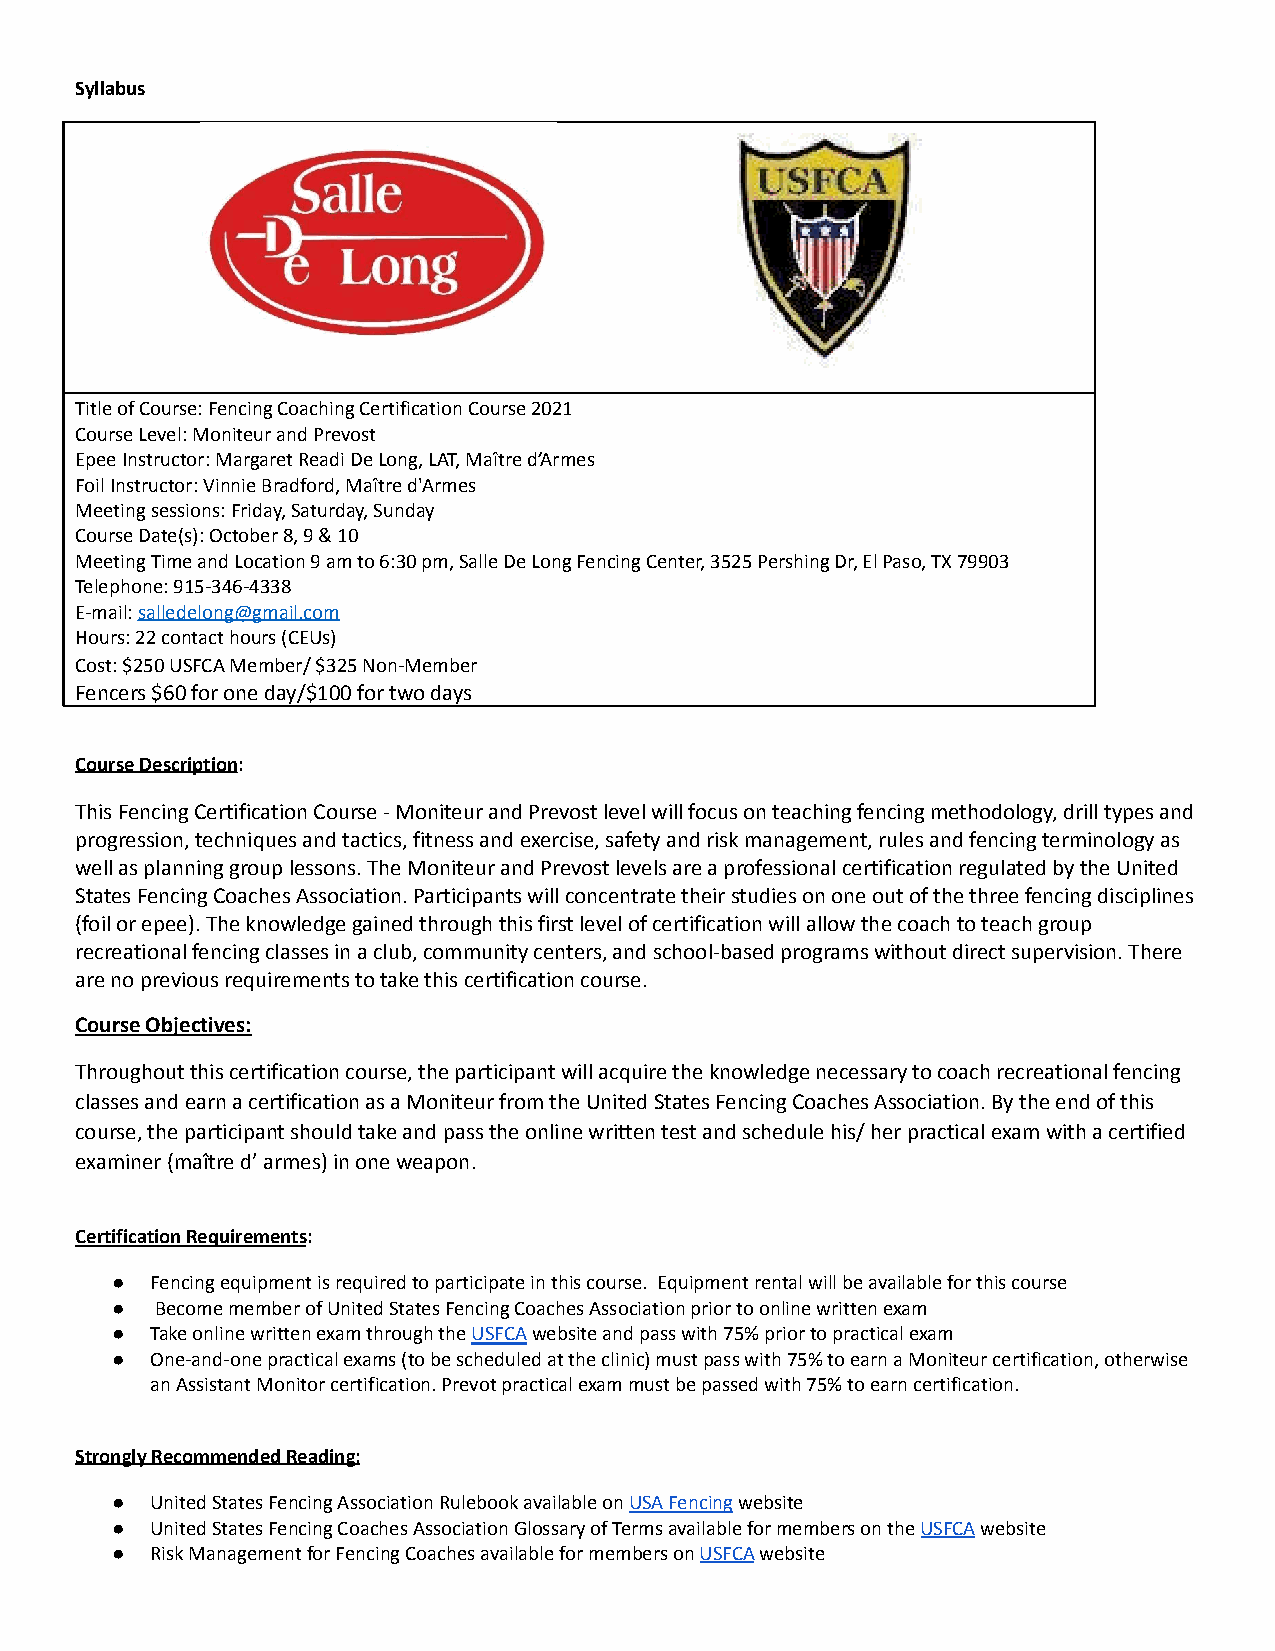
Syllabus
 Title of Course: Fencing Coaching Certification Course2021
 Course Level: Moniteur and Prevost
 Epee Instructor: Margaret Readi De Long, LAT, Maîtred’Armes
 Foil Instructor: Vinnie Bradford, Maître d'Armes
 Meeting sessions: Friday, Saturday, Sunday
 Course Date(s): October 8, 9 & 10
 Meeting Time and Location 9 am to 6:30 pm, Salle DeLong Fencing Center, 3525 Pershing Dr, El Paso, TX79903
 Telephone: 915-346-4338
 E-mail:salledelong@gmail.com
 Hours: 22 contact hours (CEUs)
 Cost: $250 USFCA Member/ $325 Non-Member
 Fencers $60 for one day/$100 for two days
 Course Description:
 This Fencing Certification Course - Moniteur and Prevostlevel will focus on teaching fencing methodology,drill types and
 progression, techniques and tactics, fitness and exercise,safety and risk management, rules and fencing terminologyas
 well as planning group lessons. The Moniteur and Prevostlevels are a professional certification regulatedby the United
 States Fencing Coaches Association. Participants willconcentrate their studies on one out of the threefencing disciplines
 (foil or epee). The knowledge gained through thisfirst level of certification will allow the coachto teach group
 recreational fencing classes in a club, communitycenters, and school-based programs without directsupervision. There
 are no previous requirements to take this certificationcourse.
 Course Objectives:
 Throughout this certification course, the participantwill acquire the knowledge necessary to coach recreationalfencing
 classes and earn a certification as a Moniteur fromthe United States Fencing Coaches Association. Bythe end of this
 course, the participant should take and pass the onlinewritten test and schedule his/ her practical examwith a certified
 examiner (maître d’ armes) in one weapon.
 Certification Requirements:
 ●  Fencing equipment is required to participate in thiscourse. Equipment rental will be available for thiscourse
 ●  Become member of United States Fencing Coaches Associationprior to online written exam
 ●  Take online written exam through theUSFCAwebsiteand pass with 75% prior to practical exam
 ●  One-and-one practical exams (to be scheduled at theclinic) must pass with 75% to earn a Moniteur certification,otherwise
 an Assistant Monitor certification. Prevot practicalexam must be passed with 75% to earn certification.
 Strongly Recommended Reading:
 ●  United States Fencing Association Rulebook availableonUSA Fencingwebsite
 ●  United States Fencing Coaches Association Glossaryof Terms available for members on theUSFCAwebsite
 ●  Risk Management for Fencing Coaches available formembers onUSFCAwebsite